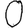
Digit: 0